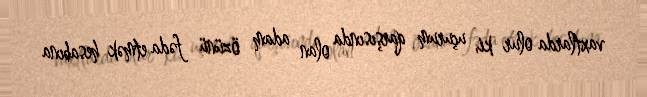
vaxtlarda olur ki, uçurum qarşısında olan adam özünü fəda etmək hesabına